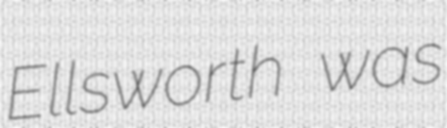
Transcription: Ellsworth was